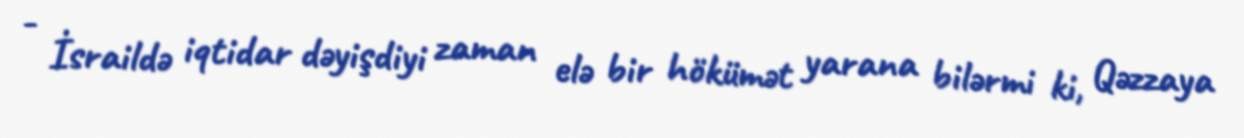
- İsraildə iqtidar dəyişdiyi zaman elə bir hökümət yarana bilərmi ki, Qəzzaya